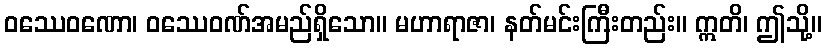
ဝဿေဝဏော၊ ဝဿေဝဏ်အမည်ရှိသော။ မဟာရာဇာ၊ နတ်မင်းကြီးတည်း။ ဣတိ၊ ဤသို့။